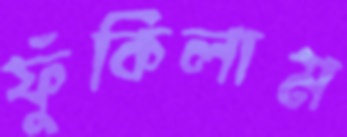
ফুঁকিলাম